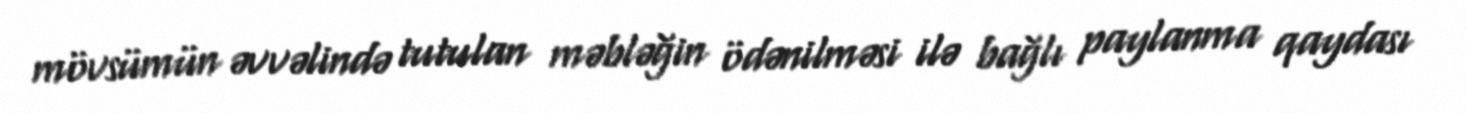
mövsümün əvvəlində tutulan məbləğin ödənilməsi ilə bağlı paylanma qaydası